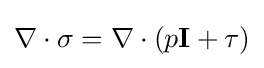
\nabla \cdot \mathbb {\sigma } =\nabla \cdot (p\mathbf {I} +\mathbf {\tau } )